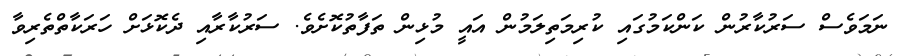
ނަމަވެސް ސަރުކާރުން ކަންކަމުގައި ކުރިމަތިލަމުން އައީ މުޅިން ތަފާތުކޮށެވެ. ސަރުކާރާއި ދެކޮޅަށް ހަރަކާތްތެރިވާ